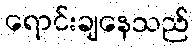
ရောင်းချနေသည်